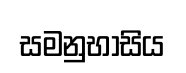
සමනුභාසිය